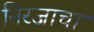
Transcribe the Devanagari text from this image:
निरजाचा